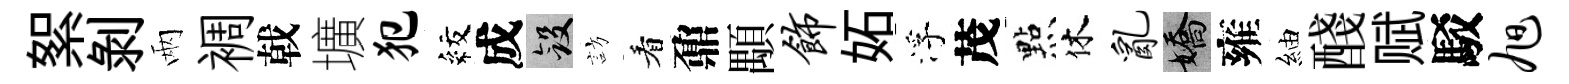
絮剝兩裯戟壙犯紋成斂訪看鼐顒饰妬浮茂㸃休乱嬌雍紬醆赋駁旭